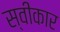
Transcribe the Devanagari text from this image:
स्वीकार